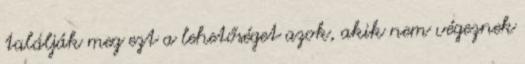
találják meg ezt a lehetőséget azok, akik nem végeznek